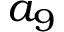
a _ { 9 }